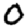
Digit: 0